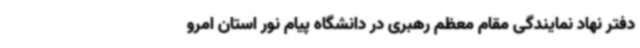
دفتر نهاد نمایندگی مقام معظم رهبری در دانشگاه پیام نور استان امرو